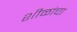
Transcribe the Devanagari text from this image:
शीळांचा